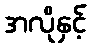
အလိုနှင့်